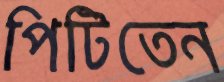
পিটিতেন